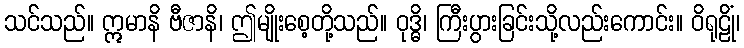
သင်သည်။ ဣမာနိ ဗီဇာနိ၊ ဤမျိုးစေ့တို့သည်။ ဝုဒ္ဓိ၊ ကြီးပွားခြင်းသို့လည်းကောင်း။ ဝိရုဠိုံ၊